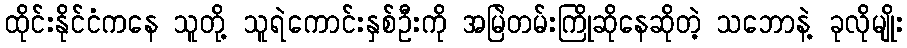
ထိုင်းနိုင်ငံကနေ သူတို့ သူရဲကောင်းနှစ်ဦးကို အမြဲတမ်းကြိုဆိုနေဆိုတဲ့ သဘောနဲ့ ခုလိုမျိုး